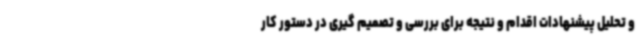
و تحلیل پیشنهادات اقدام و نتیجه برای بررسی و تصمیم گیری در دستور کار